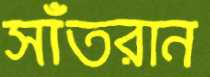
সাঁতরান